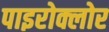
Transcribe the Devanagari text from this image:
पाइरोक्लोर